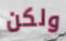
ولكن